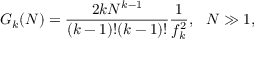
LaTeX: G _ { k } ( N ) = \frac { 2 k N ^ { k - 1 } } { ( k - 1 ) ! ( k - 1 ) ! } \frac { 1 } { f _ { k } ^ { 2 } } , ~ ~ N \gg 1 ,